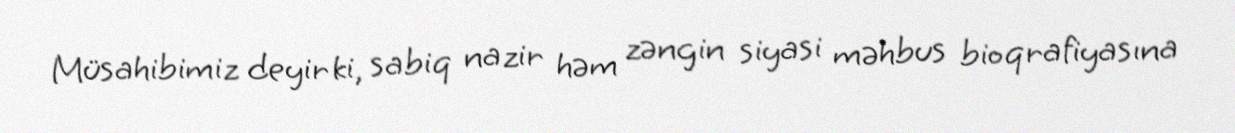
Müsahibimiz deyir ki, sabiq nazir həm zəngin siyasi məhbus bioqrafiyasına